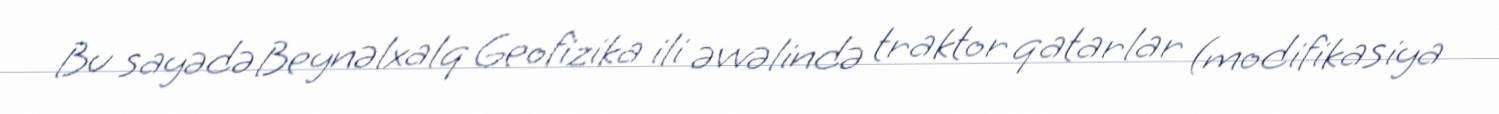
Bu sayədə Beynəlxalq Geofizika ili əvvəlində traktor qatarlar (modifikasiya